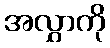
အလွှာကို